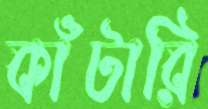
কাঁটারি